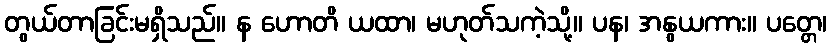
တွယ်တာခြင်းမရှိသည်။ န ဟောတိ ယထာ၊ မဟုတ်သကဲ့သို့။ ပန၊ အနွယကား။ ပတ္တေ၊